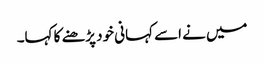
میں نے اسے کہانی خود پڑھنے کا کہا۔